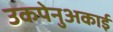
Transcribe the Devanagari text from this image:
उकपेनुअकाई